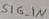
Text: SIG_IN